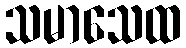
သမာသေထ